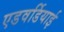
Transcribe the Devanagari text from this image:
एडवर्डियाई